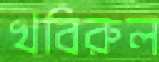
খবিরুল